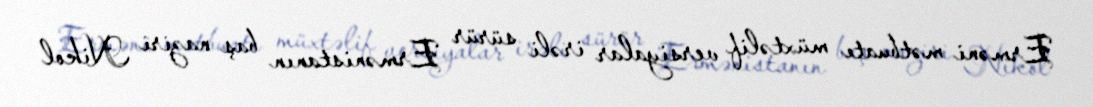
Erməni mətbuatı müxtəlif versiyalar irəli sürür Ermənistanın baş naziri Nikol